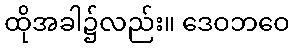
ထိုအခါ၌လည်း။ ဒေဝဘဝေ